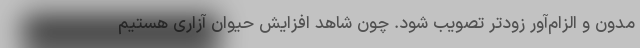
مدون و الزام‌آور زودتر تصویب شود. چون شاهد افزایش حیوان آزاری هستیم